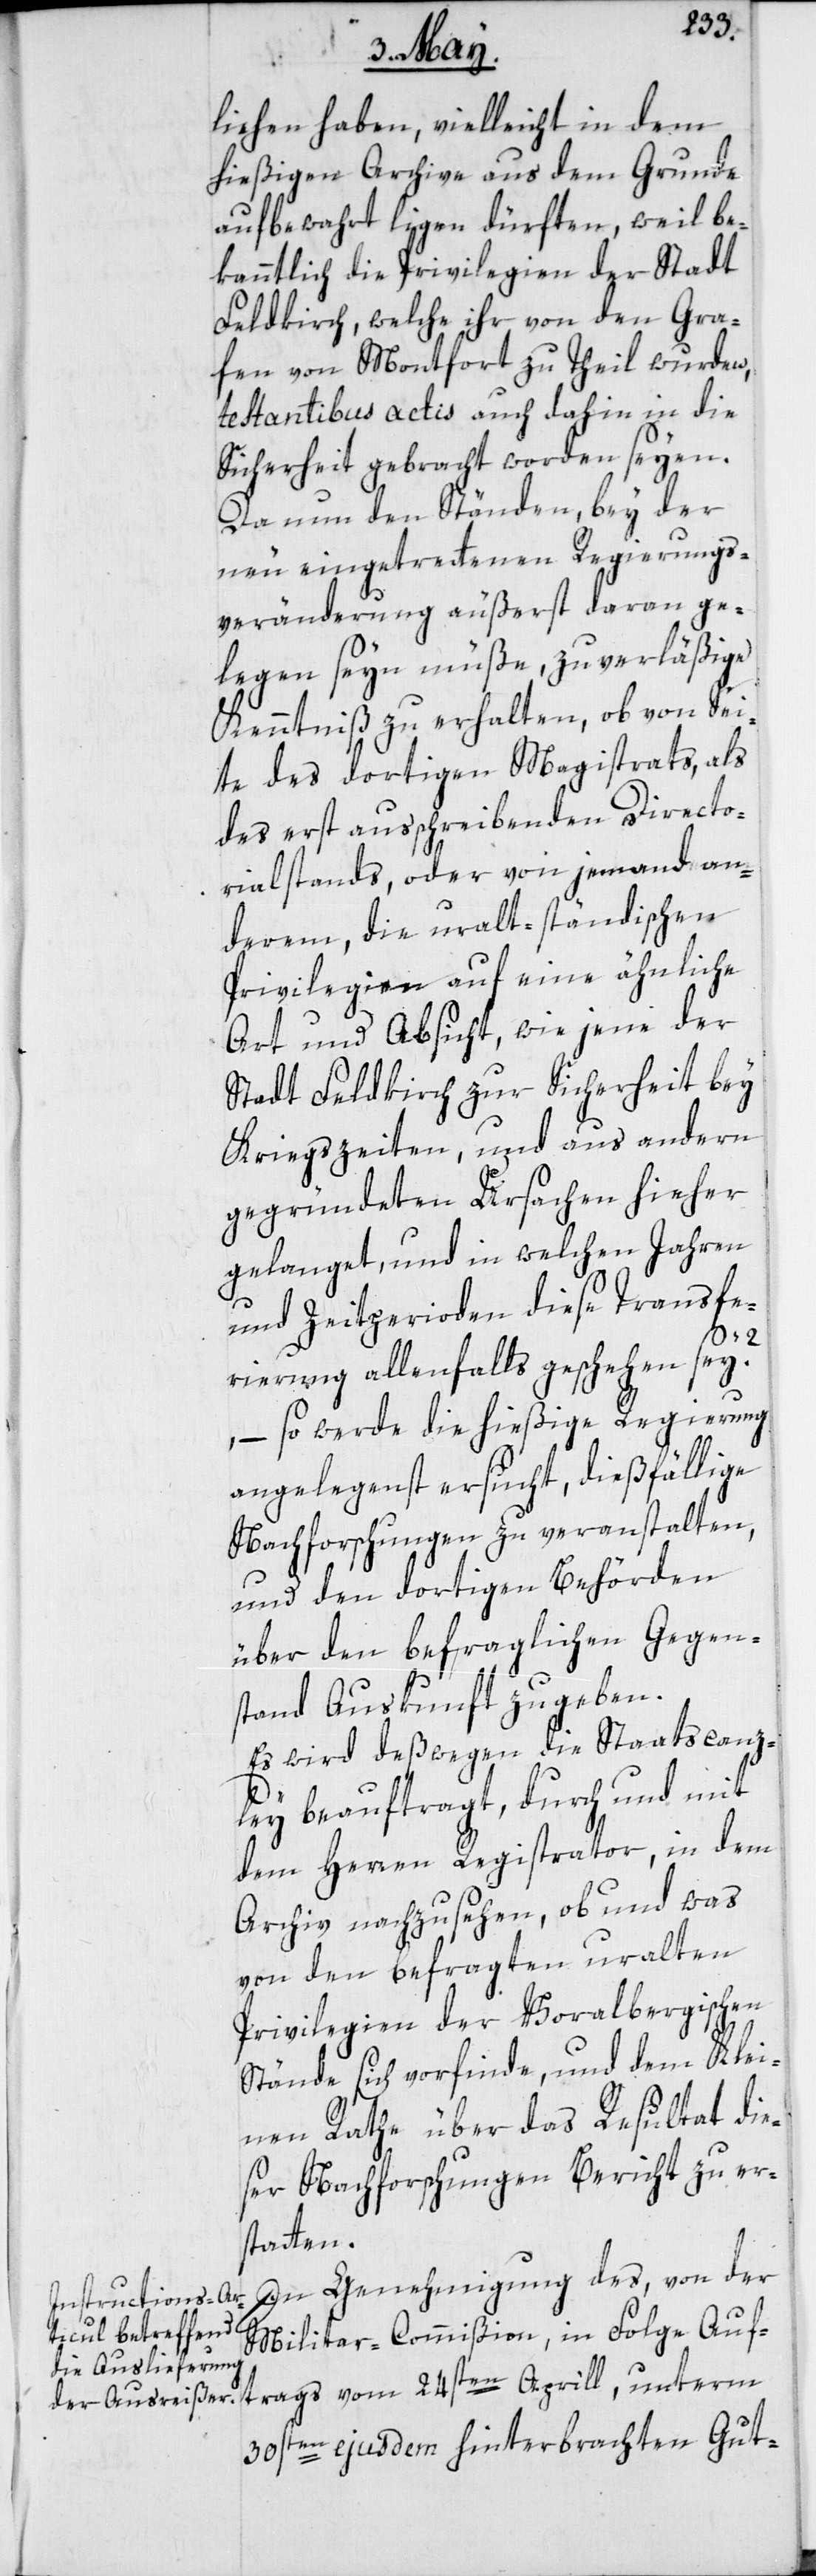
liehen haben, vielleicht in dem
hießigen Archive aus dem Grunde
aufbewahrt liegen dürften, weil be¬
kanntlich die Privilegien der Stadt
Feldkirch, welche ihr von den Gra¬
fen von Montfort zu Theil wurden,
testantibus actis auch dahin in die
Sicherheit gebracht worden seyen.
Da nun den Ständen bey der
neu eingetrettenen Regierungs¬
veränderung äußerst daran ge¬
legen seyn müße, zuverläßige
Kenntniß zu erhalten, ob von Sei¬
te des dortigen Magistrats, als
des erst ausschreibenden Directo¬
rialstands, oder von jemand an¬
derem, die uralt-ständischen
Privilegien auf eine ähnliche
Art und Absicht, wie jene der
Stadt Feldkirch zur Sicherheit bey
Kriegszeiten, und aus andern
gegründeten Ursachen hieher
gelanget, und in welchen Jahren
und Zeitperioden diese Transfe¬
rierung allenfalls geschehen sey?,
so werde die hießige Regierung
angelegenst ersucht, dießfällige
Nachforschungen zu veranstalten,
und den dortigen Behörden
über den befraglichen Gegen¬
stand Auskunft zu geben.
Es wird deßwegen die Staatscanz¬
ley beauftragt, durch und mit
dem Herren Registrator, in dem
Archiv nachzusehen, ob und was
von den befragten uralten
Privilegien der Voralbergischen
Stände sich vorfinde, und dem Klei¬
nen Rathe über das Resultat die¬
ser Nachforschungen Bericht zu er¬
statten.
In Genehmigung des, von der
Militar-Commißion in Folge Auf¬
trags vom 24sten Aprill, unterm
30sten ejusdem hinterbrachten Gut-